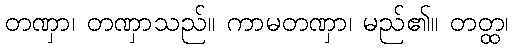
တဏှာ၊ တဏှာသည်။ ကာမတဏှာ၊ မည်၏။ တတ္ထ၊